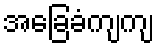
အခြေခံကျကျ